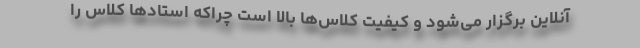
آنلاین برگزار می‌شود و کیفیت کلاس‌ها بالا است چراکه استادها کلاس را